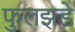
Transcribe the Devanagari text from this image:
फुलझडे